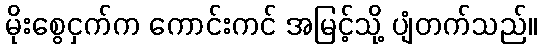
မိုးစွေငှက်က ကောင်းကင် အမြင့်သို့ ပျံတက်သည်။